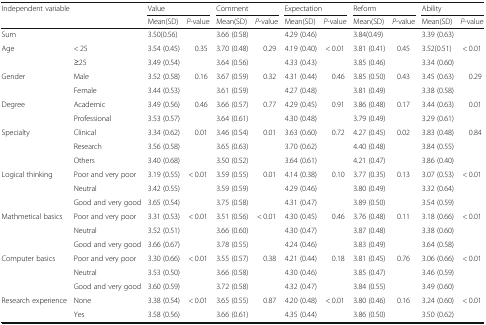
<table><thead><tr><td rowspan="2" colspan="2"><b>Independent variable</b></td><td colspan="2"><b>Value</b></td><td colspan="2"><b>Comment</b></td><td colspan="2"><b>Expectation</b></td><td colspan="2"><b>Reform</b></td><td colspan="2"><b>Ability</b></td></tr><tr><td><b>Mean(SD)</b></td><td><b><i>P</i>-value</b></td><td><b>Mean(SD)</b></td><td><b><i>P</i>-value</b></td><td><b>Mean(SD)</b></td><td><b><i>P</i>-value</b></td><td><b>Mean(SD)</b></td><td><b><i>P</i>-value</b></td><td><b>Mean(SD)</b></td><td><b><i>P</i>-value</b></td></tr></thead><tbody><tr><td colspan="2">Sum</td><td>3.50(0.56)</td><td></td><td colspan="2">3.66 (0.58)</td><td colspan="2">4.29 (0.46)</td><td colspan="2">3.84(0.49)</td><td colspan="2">3.39 (0.63)</td></tr><tr><td rowspan="2">Age</td><td>&lt; 25</td><td>3.54 (0.45)</td><td>0.35</td><td>3.70 (0.48)</td><td>0.29</td><td>4.19 (0.40)</td><td>&lt; 0.01</td><td>3.81 (0.41)</td><td>0.45</td><td>3.52(0.51)</td><td>&lt; 0.01</td></tr><tr><td>≥25</td><td>3.49 (0.54)</td><td></td><td>3.64 (0.56)</td><td></td><td>4.33 (0.43)</td><td></td><td>3.85 (0.46)</td><td></td><td>3.34 (0.60)</td><td></td></tr><tr><td rowspan="2">Gender</td><td>Male</td><td>3.52 (0.58)</td><td>0.16</td><td>3.67 (0.59)</td><td>0.32</td><td>4.31 (0.44)</td><td>0.46</td><td>3.85 (0.50)</td><td>0.43</td><td>3.45 (0.63)</td><td>0.29</td></tr><tr><td>Female</td><td>3.44 (0.53)</td><td></td><td>3.61 (0.59)</td><td></td><td>4.27 (0.48)</td><td></td><td>3.81 (0.49)</td><td></td><td>3.38 (0.58)</td><td></td></tr><tr><td rowspan="2">Degree</td><td>Academic</td><td>3.49 (0.56)</td><td>0.46</td><td>3.66 (0.57)</td><td>0.77</td><td>4.29 (0.45)</td><td>0.91</td><td>3.86 (0.48)</td><td>0.17</td><td>3.44 (0.63)</td><td>0.01</td></tr><tr><td>Professional</td><td>3.53 (0.57)</td><td></td><td>3.64 (0.61)</td><td></td><td>4.30 (0.48)</td><td></td><td>3.79 (0.49)</td><td></td><td>3.29 (0.61)</td><td></td></tr><tr><td rowspan="3">Specialty</td><td>Clinical</td><td>3.34 (0.62)</td><td>0.01</td><td>3.46 (0.54)</td><td>0.01</td><td>3.63 (0.60)</td><td>0.72</td><td>4.27 (0.45)</td><td>0.02</td><td>3.83 (0.48)</td><td>0.84</td></tr><tr><td>Research</td><td>3.56 (0.58)</td><td></td><td>3.65 (0.63)</td><td></td><td>3.70 (0.62)</td><td></td><td>4.40 (0.48)</td><td></td><td>3.84 (0.55)</td><td></td></tr><tr><td>Others</td><td>3.40 (0.68)</td><td></td><td>3.50 (0.52)</td><td></td><td>3.64 (0.61)</td><td></td><td>4.21 (0.47)</td><td></td><td>3.86 (0.40)</td><td></td></tr><tr><td rowspan="3">Logical thinking</td><td>Poor and very poor</td><td>3.19 (0.55)</td><td>&lt; 0.01</td><td>3.59 (0.55)</td><td>0.01</td><td>4.14 (0.38)</td><td>0.10</td><td>3.77 (0.35)</td><td>0.13</td><td>3.07 (0.53)</td><td>&lt; 0.01</td></tr><tr><td>Neutral</td><td>3.42 (0.55)</td><td></td><td>3.59 (0.59)</td><td></td><td>4.29 (0.46)</td><td></td><td>3.80 (0.49)</td><td></td><td>3.32 (0.64)</td><td></td></tr><tr><td>Good and very good</td><td>3.65 (0.54)</td><td></td><td>3.75 (0.58)</td><td></td><td>4.31 (0.47)</td><td></td><td>3.89 (0.50)</td><td></td><td>3.54 (0.59)</td><td></td></tr><tr><td rowspan="3">Mathmetical basics</td><td>Poor and very poor</td><td>3.31 (0.53)</td><td>&lt; 0.01</td><td>3.51 (0.56)</td><td>&lt; 0.01</td><td>4.30 (0.45)</td><td>0.46</td><td>3.76 (0.48)</td><td>0.11</td><td>3.18 (0.66)</td><td>&lt; 0.01</td></tr><tr><td>Neutral</td><td>3.52 (0.51)</td><td></td><td>3.66 (0.60)</td><td></td><td>4.30 (0.47)</td><td></td><td>3.87 (0.48)</td><td></td><td>3.38 (0.60)</td><td></td></tr><tr><td>Good and very good</td><td>3.66 (0.67)</td><td></td><td>3.78 (0.55)</td><td></td><td>4.24 (0.46)</td><td></td><td>3.83 (0.49)</td><td></td><td>3.64 (0.58)</td><td></td></tr><tr><td rowspan="3">Computer basics</td><td>Poor and very poor</td><td>3.30 (0.66)</td><td>&lt; 0.01</td><td>3.55 (0.57)</td><td>0.38</td><td>4.21 (0.44)</td><td>0.18</td><td>3.81 (0.45)</td><td>0.76</td><td>3.06 (0.66)</td><td>&lt; 0.01</td></tr><tr><td>Neutral</td><td>3.53 (0.50)</td><td></td><td>3.66 (0.58)</td><td></td><td>4.30 (0.46)</td><td></td><td>3.85 (0.47)</td><td></td><td>3.46 (0.59)</td><td></td></tr><tr><td>Good and very good</td><td>3.60 (0.59)</td><td></td><td>3.72 (0.58)</td><td></td><td>4.32 (0.47)</td><td></td><td>3.84 (0.55)</td><td></td><td>3.49 (0.60)</td><td></td></tr><tr><td rowspan="2">Research experience</td><td>None</td><td>3.38 (0.54)</td><td>&lt; 0.01</td><td>3.65 (0.55)</td><td>0.87</td><td>4.20 (0.48)</td><td>&lt; 0.01</td><td>3.80 (0.46)</td><td>0.16</td><td>3.24 (0.60)</td><td>&lt; 0.01</td></tr><tr><td>Yes</td><td>3.58 (0.56)</td><td></td><td>3.66 (0.61)</td><td></td><td>4.35 (0.44)</td><td></td><td>3.86 (0.50)</td><td></td><td>3.50 (0.62)</td><td></td></tr></tbody></table>